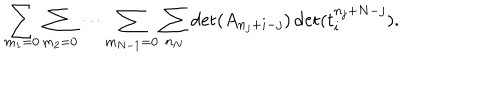
LaTeX: \sum _ { m _ { 1 } = 0 } \sum _ { m _ { 2 } = 0 } \cdots \sum _ { m _ { N - 1 } = 0 } \sum _ { n _ { N } } \det ( A _ { n _ { j } + i - j } ) \det ( t _ { i } ^ { n _ { j } + N - j } ) .